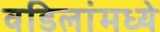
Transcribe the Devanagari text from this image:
वडिलांमध्ये